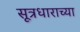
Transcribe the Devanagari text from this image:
सूत्रधाराच्या